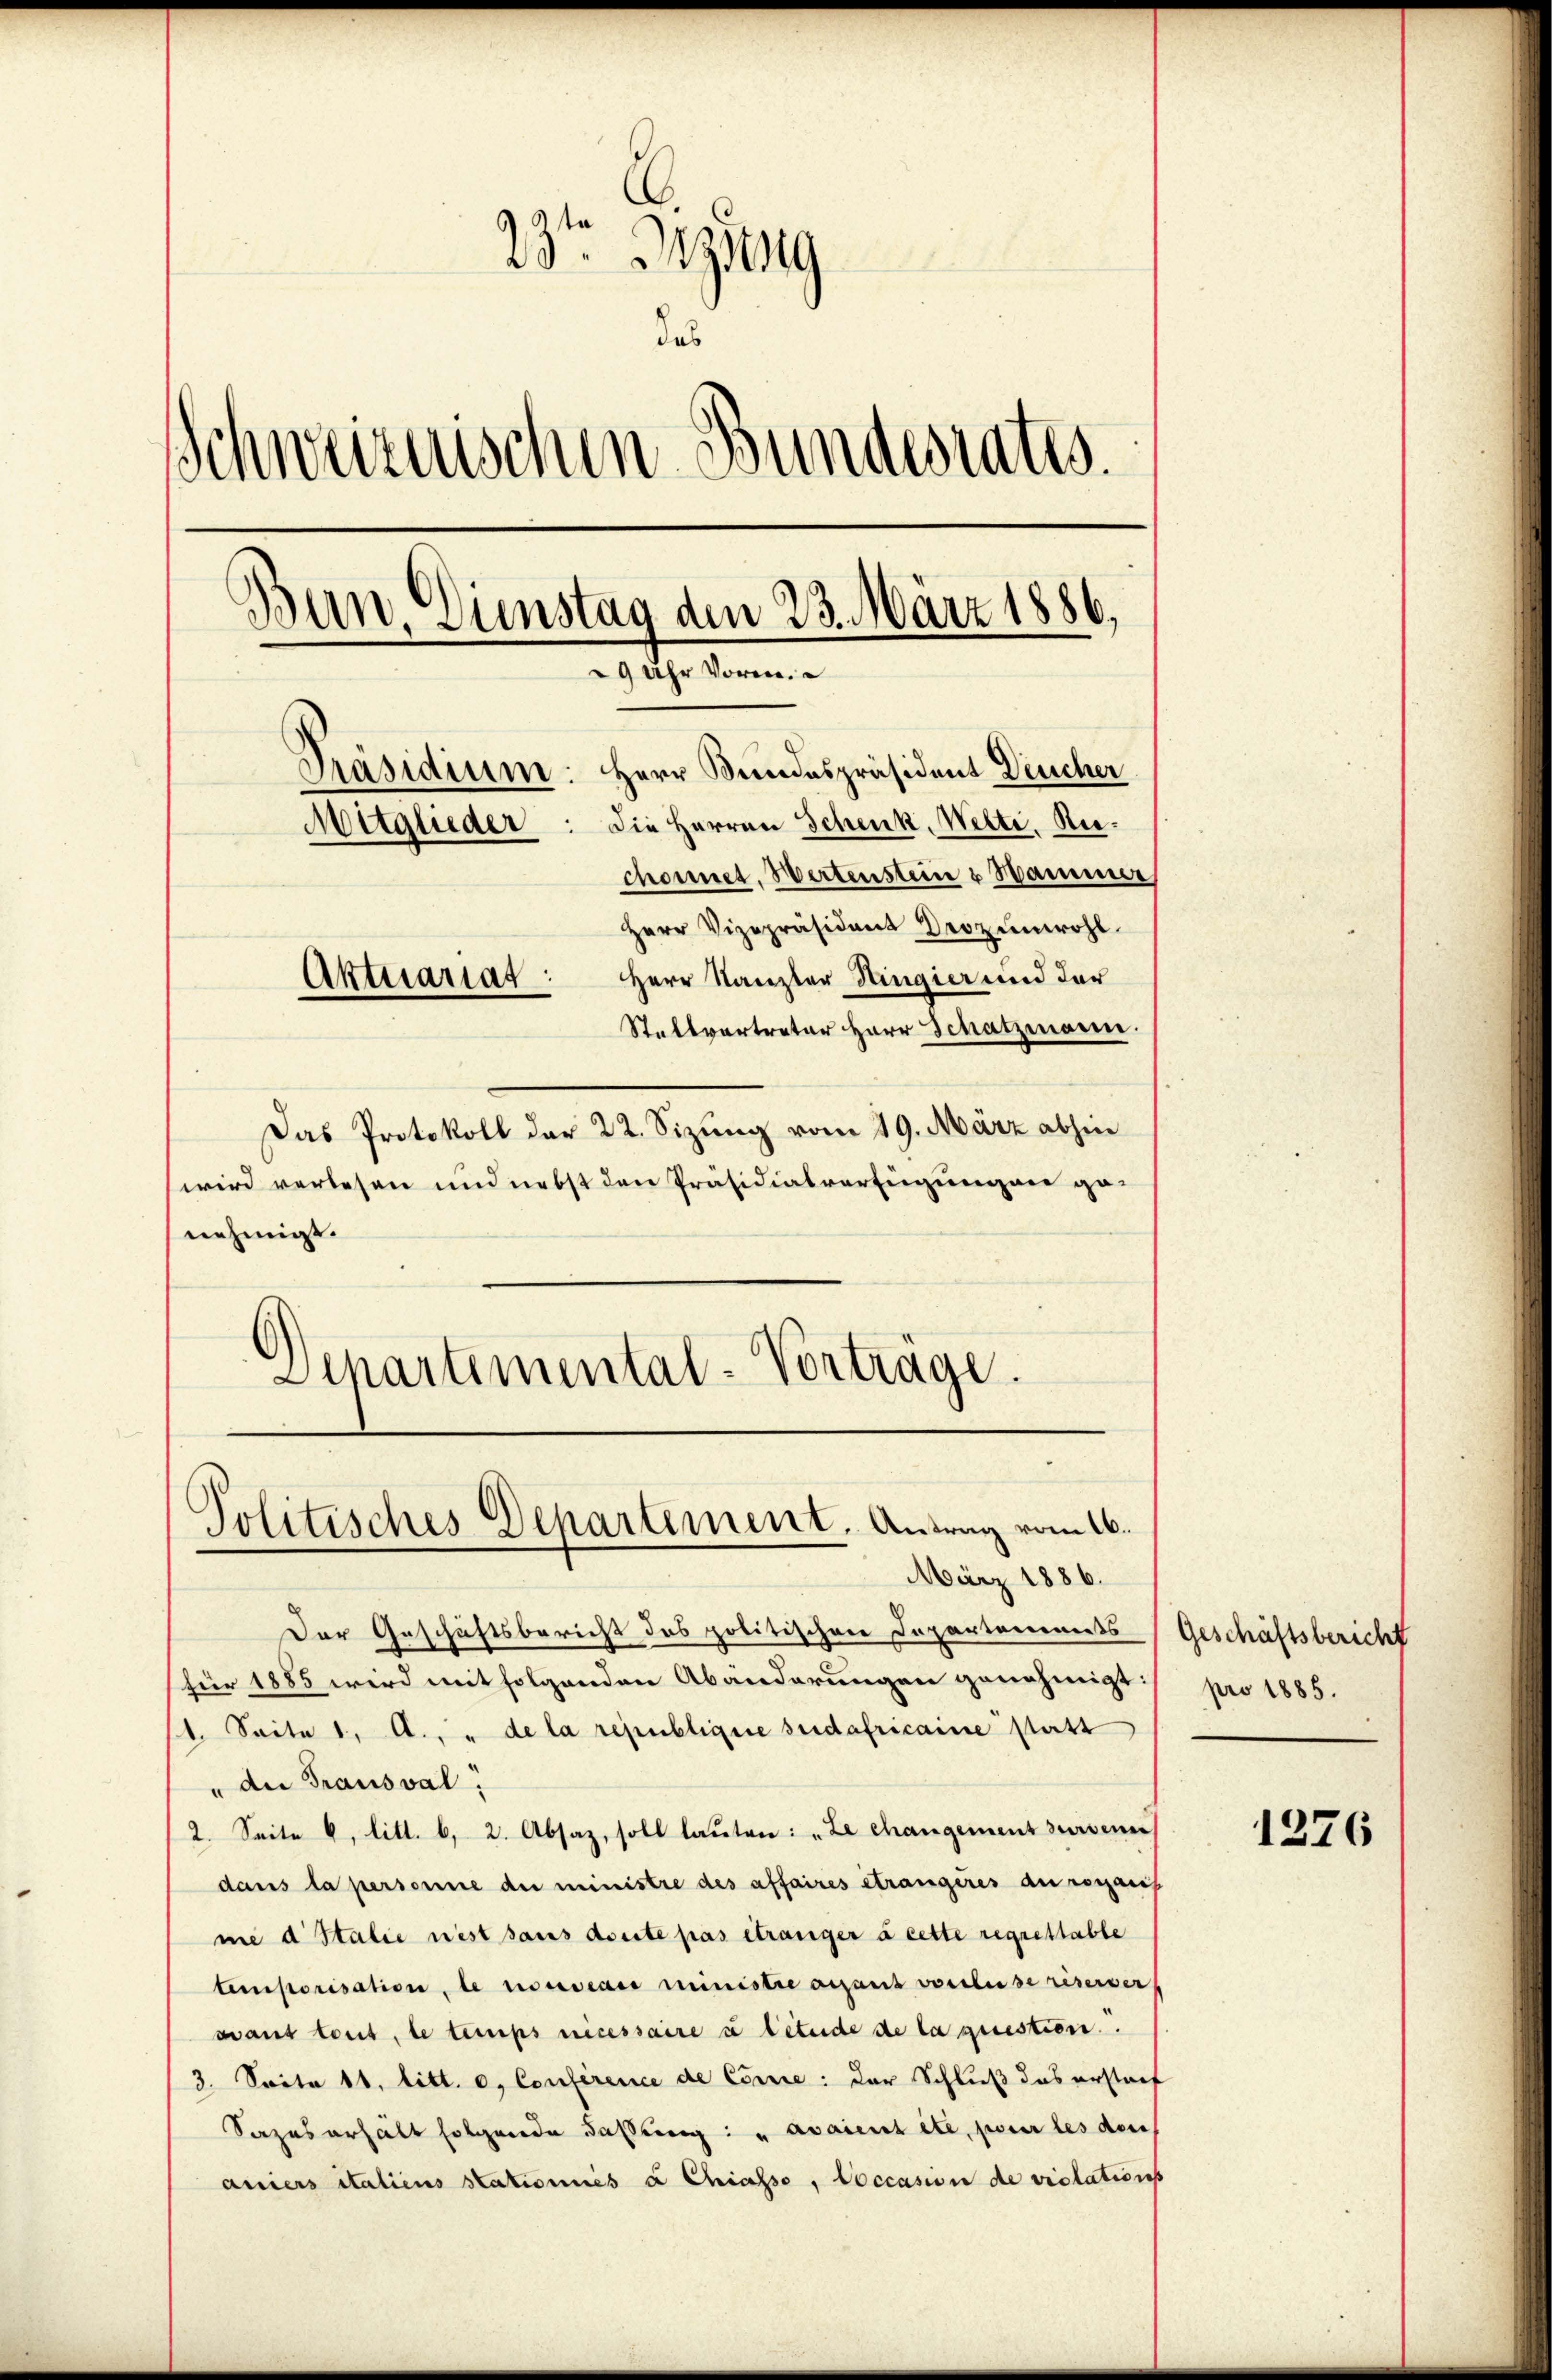
23ten Bezug
das
¬
Schweizerischen Bundesrates.
Ban. Dienstag den 23. März 1886,
29 Uhr Voren.
Präsidium. Herr Bundespräsident Deucher
Mitglieder: die Herren Schenk, Welti, Riechoret. Wertenstein & Hammer
Herr Vizepräsident Prozenwohl
Aktssariat: Herr Kanzler Hingier und der
Stellvertreter Herr Schatzmann.

Das Protokoll der 22. Sizung vom 19. März abhin
wird verlesen und nebst den Präsidialverfügungen genehmigt.
Schartemental-Vorträge.

Politisches Departement. Antrag vom 16.
März 1886.

Der Geschäftsbericht des politischen Departements
für 1885 wird mit folgenden Abänderungen genehmigt:
11. Seite 1. A.. " de la republique suedafricaine statt
" die Trausval:
2. Seite 6. litt. b. 2. Absaz, soll lauten: „Le changement surveni
dans la personne die ministre des affaires étrangeres au roganis
me d Italienist sans dorte pas étranger à cette regrettable
temporisation, le nocescaer ministre ansaus vorliese riserver
scant tout, le temps necessaire u litude de la question.
3. Seite 11. litt. c., Conférence de Conce: der Schluß das erstauf
Sazes erhält folgende Fassung: „avaient etc. poner les den
aniers italiens stationnés à Chiasso, occasion de violations

Geschäftsbericht
pro 1885.

1276